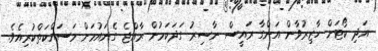
އަދި ކޯޓަށް ހާޒިރުވާން އަންގާ ރައީސް ނާސިރު ގަދަކަމުން ރާއްޖެ ގެނައުމަށް މަސައްކަތްކުރިއެވެ.